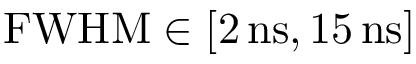
\mathrm { F W H M } \in [ 2 \, \mathrm { n s } , 1 5 \, \mathrm { n s } ]